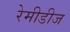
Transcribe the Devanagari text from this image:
रेमीडीज